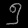
Digit: ၅